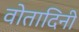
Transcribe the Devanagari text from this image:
वोतादिनी